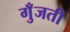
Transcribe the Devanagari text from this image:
गुँजती